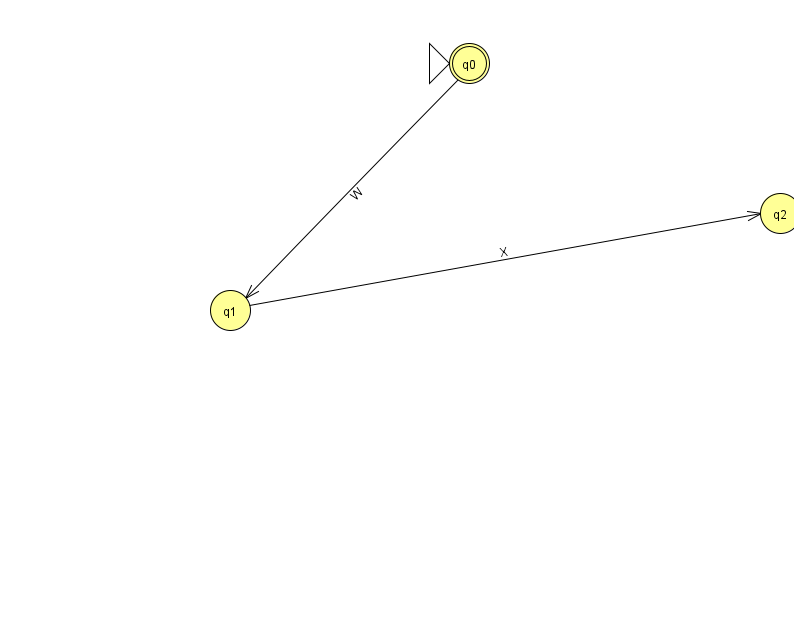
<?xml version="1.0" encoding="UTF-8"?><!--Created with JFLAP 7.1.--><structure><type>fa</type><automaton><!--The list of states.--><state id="0" name="q0"><x>469.0</x><y>50.0</y><initial/><final/></state><state id="1" name="q1"><x>230.0</x><y>297.0</y></state><state id="2" name="q2"><x>780.0</x><y>200.0</y></state><!--The list of transitions.--><transition><from>0</from><to>1</to><read>W</read></transition><transition><from>1</from><to>2</to><read>X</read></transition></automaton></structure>